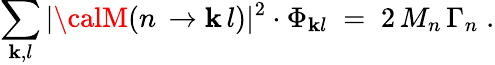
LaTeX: \sum_{\mathbf{k},l}|{\calM}(n\, \to\mathbf{k}\, l)|^{2}\cdot\Phi_{\mathbf{k}l}\; =\; 2\, M_{n}\, \Gamma_{n}\; .